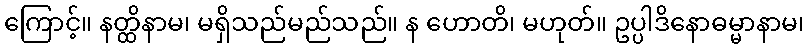
ကြောင့်။ နတ္ထိနာမ၊ မရှိသည်မည်သည်။ န ဟောတိ၊ မဟုတ်။ ဥပ္ပါဒိနောဓမ္မာနာမ၊